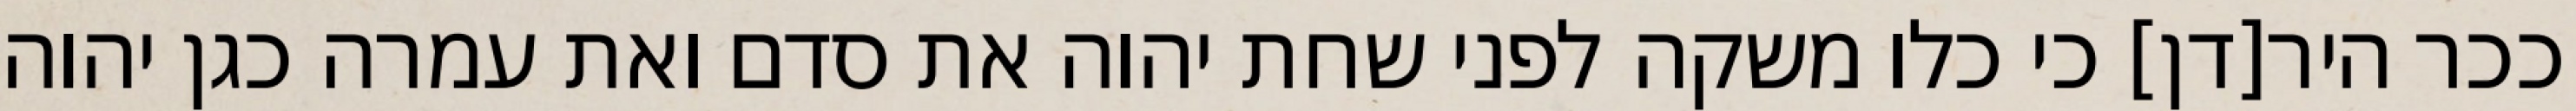
ככר היר[דן] כי כלו משקה לפני שחת יהוה את סדם ואת עמרה כגן יהוה